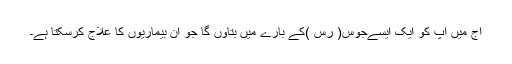
آج میں آپ کو ایک ایسےجوس( رس )کے بارے میں بتاؤں گا جو ان بیماریوں کا علاج کرسکتا ہے۔